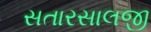
સતારસાલજી